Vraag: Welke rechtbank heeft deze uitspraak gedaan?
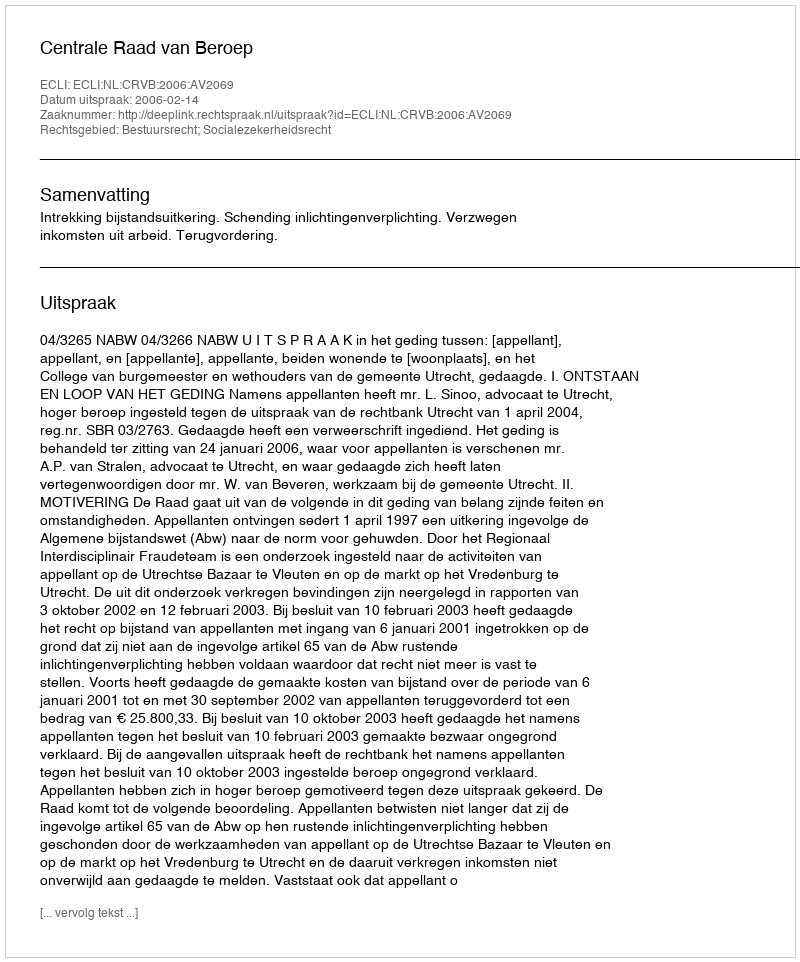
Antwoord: Centrale Raad van Beroep